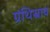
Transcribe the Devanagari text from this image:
ग्रंथिस्राव